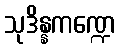
သုဒိန္နကဏ္ဍေ